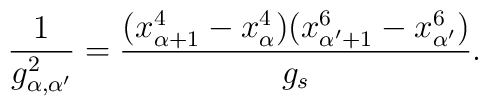
\frac{1}{g_{\alpha,\alpha'}^2}=\frac{(x^4_{\alpha+1}-x^4_\alpha)(x^6_{\alpha'+1}-x^6_{\alpha'})}{g_s}.